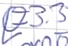
Text: E3.3